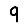
Digit: 9